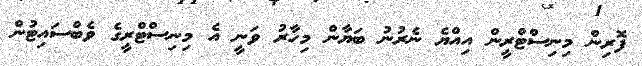
ފޮރިން މިނިސްޓްރީން އިއްޔެ ނެރުނު ބަޔާން މިހާރު ވަނީ އެ މިނިސްޓްރީގެ ވެބްސައިޓުން